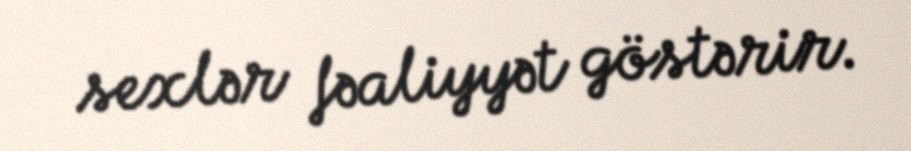
sexlər fəaliyyət göstərir.